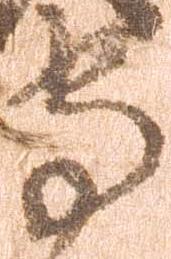
守